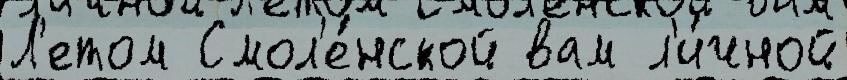
Л'етом Смол'е́нской вам л'и́чной